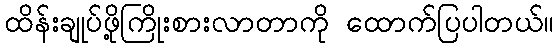
ထိန်းချုပ်ဖို့ကြိုးစားလာတာကို ထောက်ပြပါတယ်။